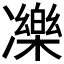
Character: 𠘙